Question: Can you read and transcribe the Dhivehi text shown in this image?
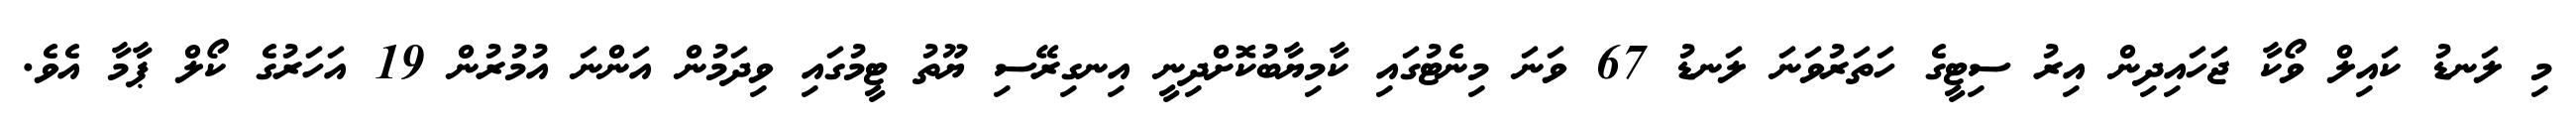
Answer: މި ލަނޑު ކައިލް ވޯކާ ޖަހައިދިން އިރު ސިޓީގެ ހަތަރުވަނަ ލަނޑު 67 ވަނަ މިނެޓުގައި ކާމިޔާބުކޮށްދިނީ އިނގިރޭސި ޔޫތު ޓީމުގައި ވިދަމުން އަންނަ އުމުރުން 19 އަހަރުގެ ކޯލް ޕާމާ އެވެ.